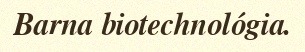
Barna biotechnológia.